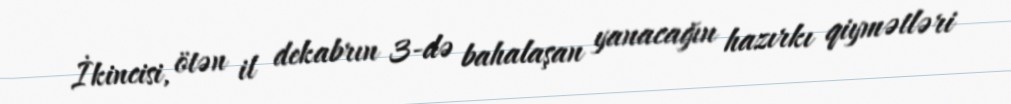
İkincisi, ötən il dekabrın 3-də bahalaşan yanacağın hazırkı qiymətləri